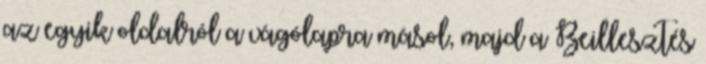
az egyik oldalról a vágólapra másol, majd a Beillesztés